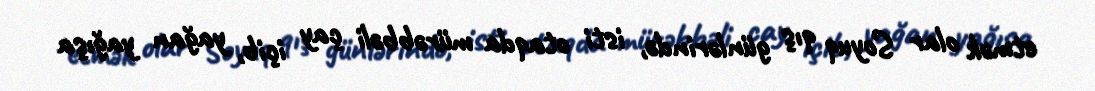
etmək olar Soyuq qış günlərində, isti otaqda mürəbbəli çay içib, yağan yağışa